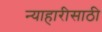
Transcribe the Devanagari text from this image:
न्याहारीसाठी